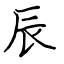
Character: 辰